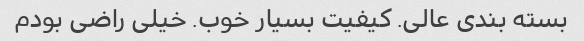
بسته بندی عالی. کیفیت بسیار خوب. خیلی راضی بودم